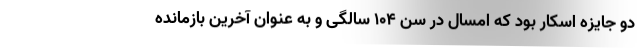
دو جایزه اسکار بود که امسال در سن ۱۰۴ سالگی و به عنوان آخرین بازمانده